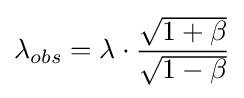
\lambda _{obs}=\lambda \cdot {\frac {\sqrt {1+\beta }}{\sqrt {1-\beta }}}